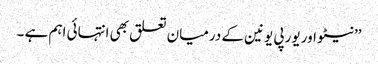
’’نیٹو اور یورپی یونین کے درمیان تعلق بھی انتہائی اہم ہے ۔